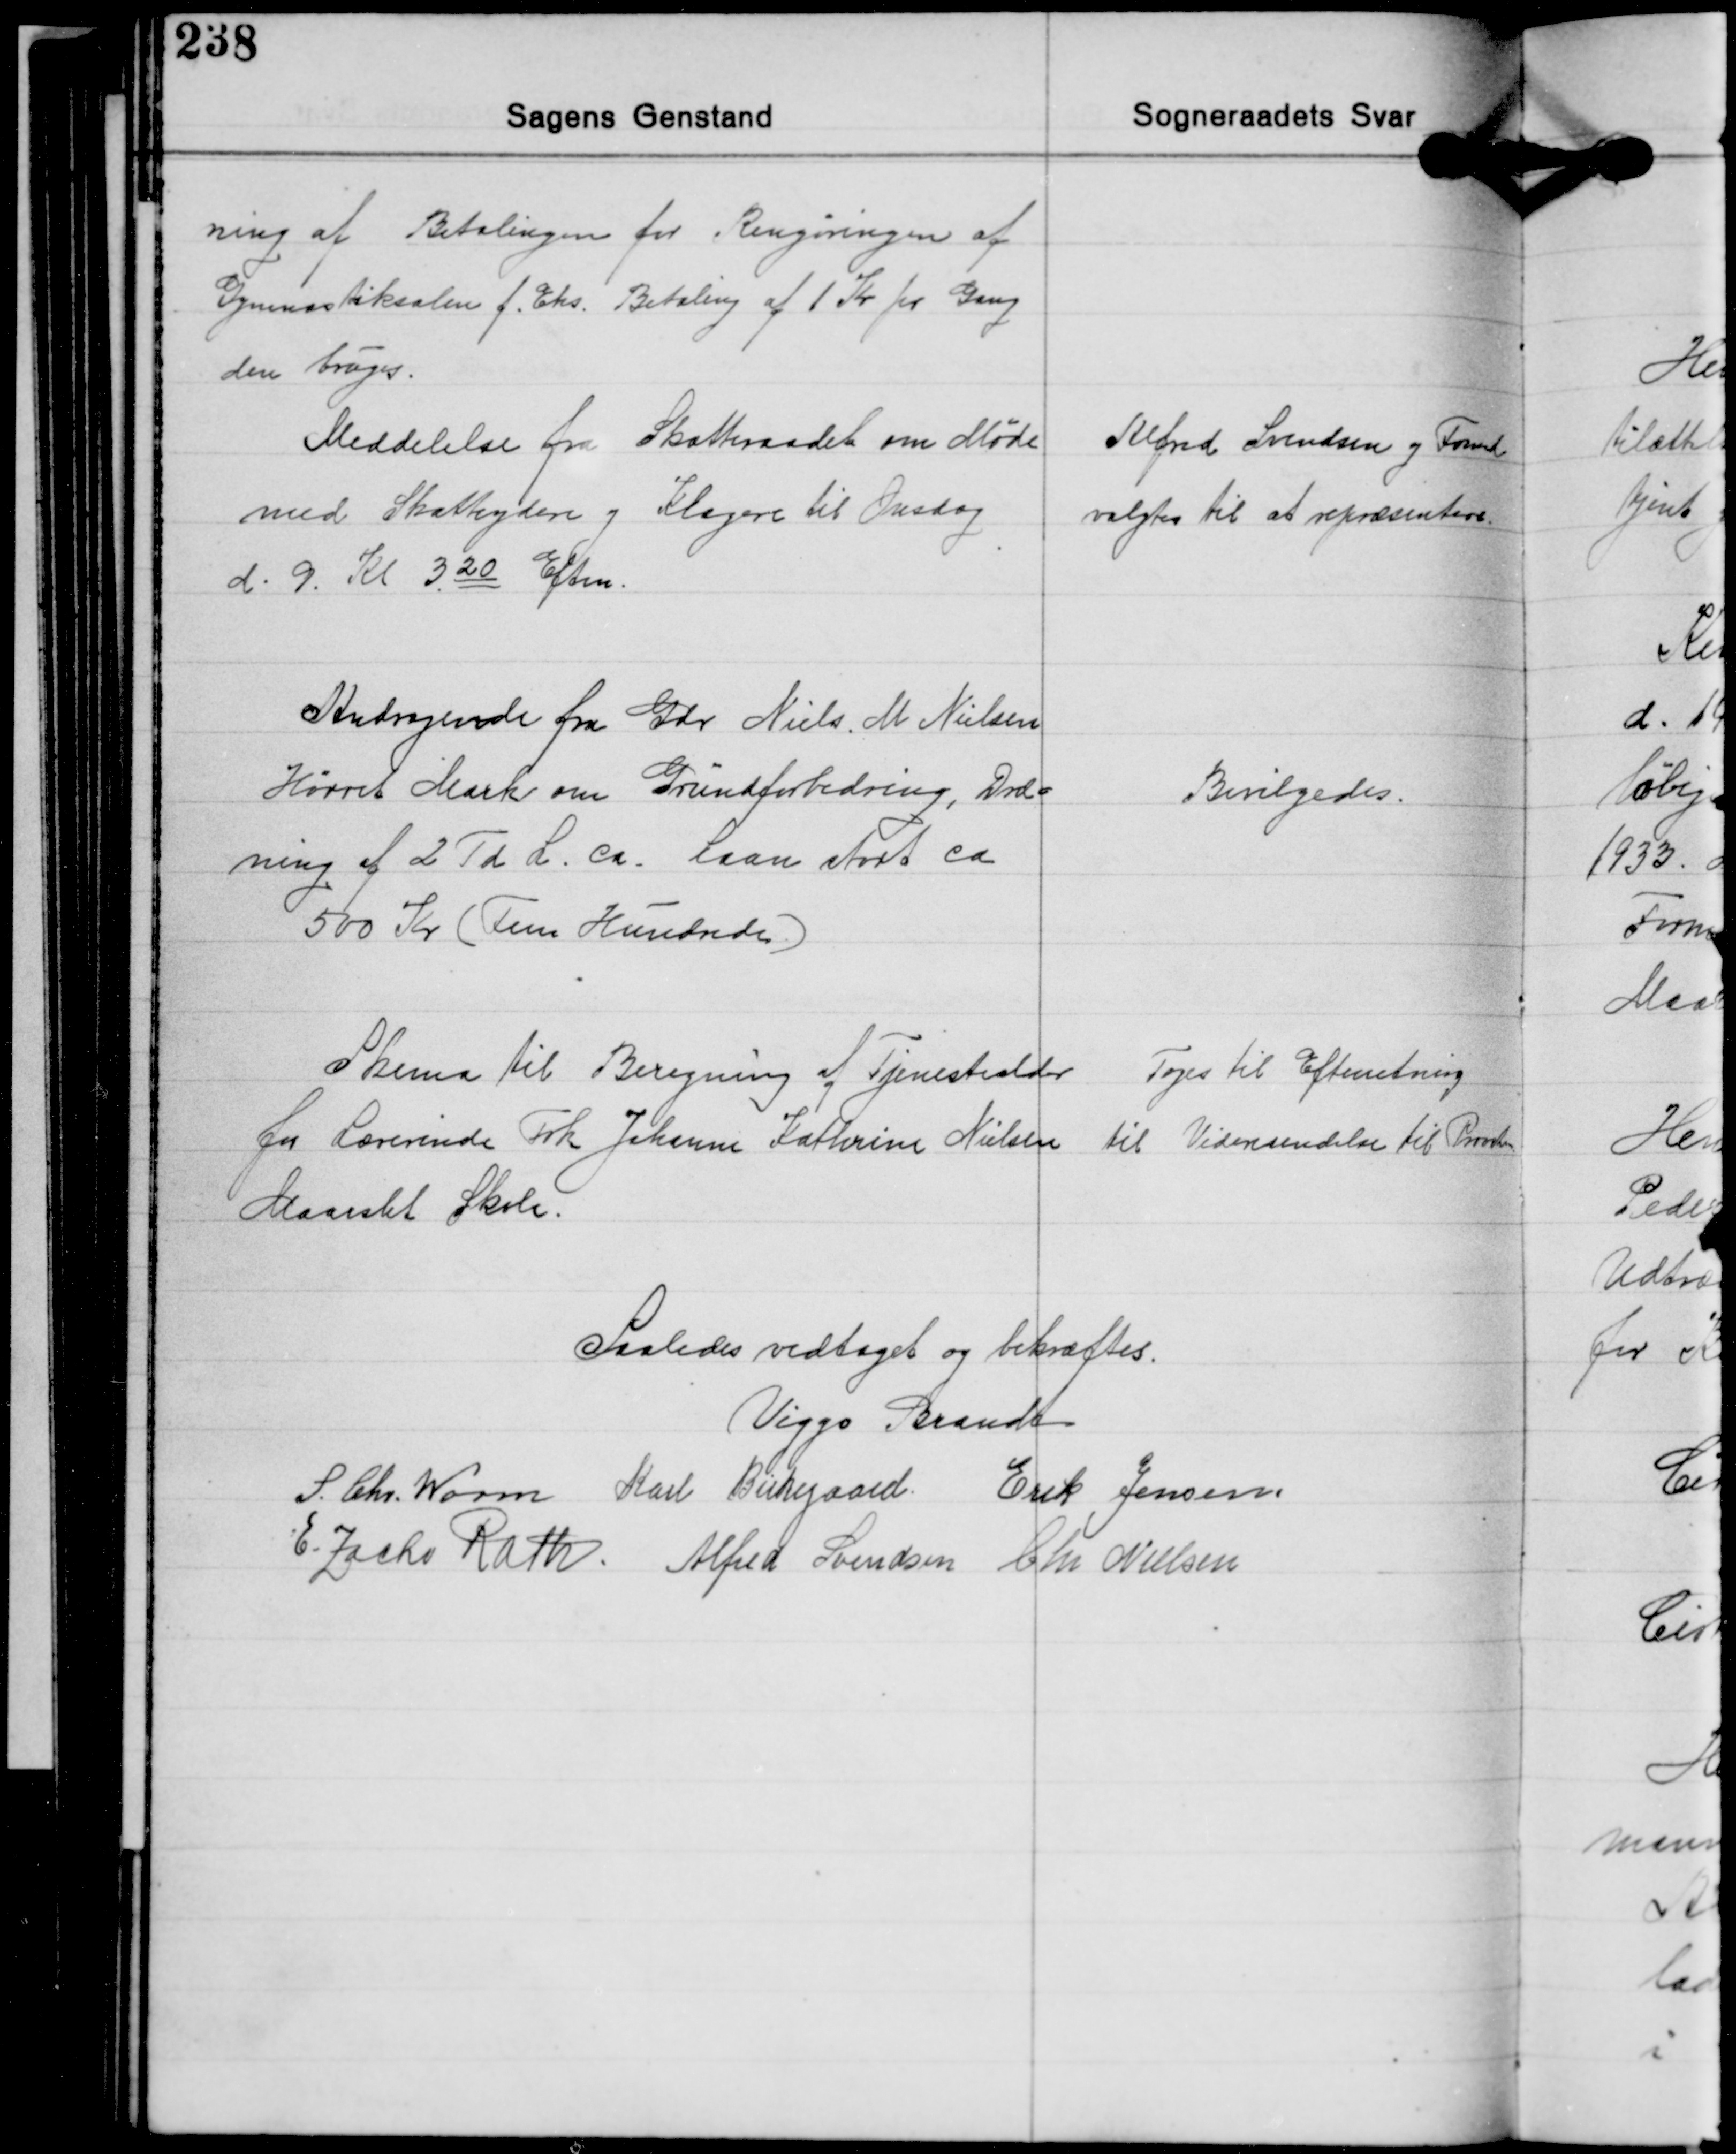
Transskription:
ning af Betalingen for Rengøringen af
Gymnastiksalen f. Eks. Betaling af 1 Kr. pr Gang
den bruges.

Meddelelse fra Skatteraadet om Møde
med Skatteydere og Klagere til Onsdag
d. 9. Kl 320 Eftm.

Alfred Svendsen og Formd.
valgtes til at repræsentere

Andragende fra Gdr. Niels M. Nielsen
Hørret Mark om Grundforbedring, Dræ-
ning af 2 Td. L. ca. Laan stort ca.
500 Kr. (Fem Hundrede)

Bevilgedes.

Skema til Beregning af Tjenestealder
for Lærerinde Frk. Johanne Kathrine Nielsen
Maarslet Skole.

Toges til Efterretning
til Videresendelse til Provsten.

Saaledes vedtaget og bekræftes.
Viggo Brandt
S. Chr. Worm Karl Birkegaard Erik Jensen
E. Zacho Rath Alfred Svendsen Chr. Nielsen